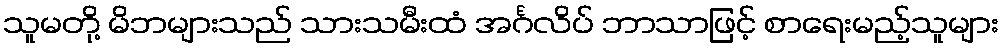
သူမတို့ မိဘများသည် သားသမီးထံ အင်္ဂလိပ် ဘာသာဖြင့် စာရေးမည့်သူများ